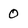
Character: 0